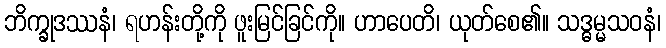
ဘိက္ခုဒဿနံ၊ ရဟန်းတို့ကို ဖူးမြင်ခြင်ကို။ ဟာပေတိ၊ ယုတ်စေ၏။ သဒ္ဓမ္မသဝနံ၊